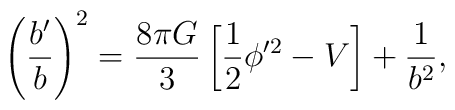
\left({b'\over b}\right)^2= {8\pi G \over 3} \left[{1\over 2}\phi'^2- V\right] + {1\over b^2},